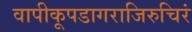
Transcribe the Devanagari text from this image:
वापीकूपडागराजिरुचिरं